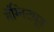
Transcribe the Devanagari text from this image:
मॅग्निट्यूड